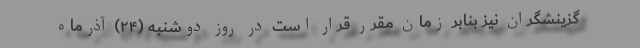
گزینشگران نیز بنابر زمان مقرر قرار است در روز دوشنبه (۲۴) آذرماه